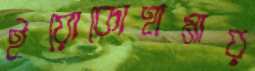
ইয়োকোহামায়